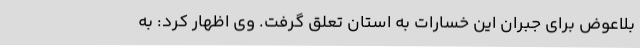
بلاعوض برای جبران این خسارات به استان تعلق گرفت. وی اظهار کرد: به